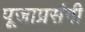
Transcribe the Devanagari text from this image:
पूजाप्रसंगी